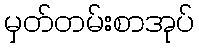
မှတ်တမ်းစာအုပ်